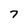
Character: 7